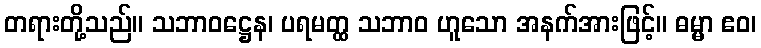
တရားတို့သည်။ သဘာဝဋ္ဌေန၊ ပရမတ္ထ သဘာဝ ဟူသော အနက်အားဖြင့်။ ဓမ္မာ ဧဝ၊